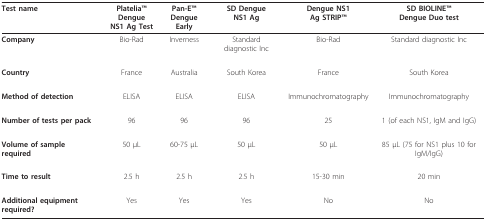
| Test name | PlateliaTM DengueNS1 Ag Test | Pan-ETMDengue Early | SD DengueNS1 Ag | Dengue NS1Ag STRIPTM | SD BIOLINETMDengue Duo test |
 | --- | --- | --- | --- | --- | --- |
 | Company | Bio-Rad | Inverness | Standard diagnostic Inc | Bio-Rad | Standard diagnostic Inc |
 | Country | France | Australia | South Korea | France | South Korea |
 | Method of detection | ELISA | ELISA | ELISA | Immunochromatography | Immunochromatography |
 | Number of tests per pack | 96 | 96 | 96 | 25 | 1 (of each NS1, IgM and IgG) |
 | Volume of sample required | 50 μL | 60-75 μL | 50 μL | 50 μL | 85 μL (75 for NS1 plus 10 for IgM/IgG) |
 | Time to result | 2.5 h | 2.5 h | 2.5 h | 15-30 min | 20 min |
 | Additional equipment required? | Yes | Yes | Yes | No | No |